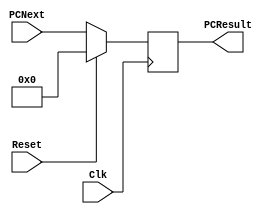
`timescale 1ns / 1ps

////////////////////////////////////////////////////////////////////////////////
// Arquitetura de Sistemas Digitais
// Laboratrio 3
//
// ENTRADAS:-
// PCNext: Entrada de bits que representa o prximo valor do contador;
// Reset: Sinal de controle de reset;
// Clk: Sinal de clock.
//
// SADAS:-
// PCResult: Sada de bits que representa o valor atual do contador.
//
//
// Baseado no trabalho de Caskman. 
////////////////////////////////////////////////////////////////////////////////

module ProgramCounter #(parameter BITS_SIZE = 32) (PCNext, PCResult, Reset, Clk);

	input       [BITS_SIZE - 1:0]  PCNext;
	input               Reset, Clk;

	output reg  [BITS_SIZE - 1:0]  PCResult;

	initial begin
	
		PCResult <= {BITS_SIZE{1'b0}}; // zera os BITS_SIZE espaos do reg de sada
	end

    always @(posedge Clk)
    begin
    	if (Reset == 1)
    	begin
    		PCResult <= {BITS_SIZE{1'b0}};
    	end
    	else
    	begin
			PCResult <= PCNext;
    	end
    end

endmodule